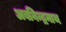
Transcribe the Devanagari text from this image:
अबनिन्द्रनाथ